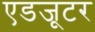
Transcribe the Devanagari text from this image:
एडजूटर